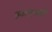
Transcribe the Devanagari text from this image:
डबल्यूआईई